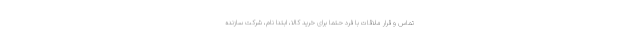
تماس و قرار ملاقات با فرد حتماً برای خرید کالا، ابتدا نام، شرکت سازنده